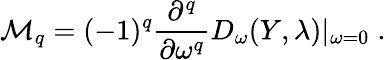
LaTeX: {\cal M}_{q}=(-1)^{q}\frac{\partial^{q}}{\partial\omega^{q}}D_{\omega}(Y,\lambda)|_{\omega=0}\; .